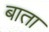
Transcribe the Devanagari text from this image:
बाता